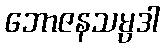
ဘောဇနသမ္ပဒါ